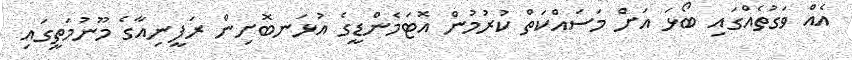
އެއް ވަގުތެއްގައި ބޯޅަ އަށް މަސައްކަތް ކުރުމުން އޮޓަމެންޑީގެ އުޅަނބޮށިން ރަފީނިއާގެ މޫނުމަތީގައި